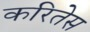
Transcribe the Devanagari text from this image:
करितेस